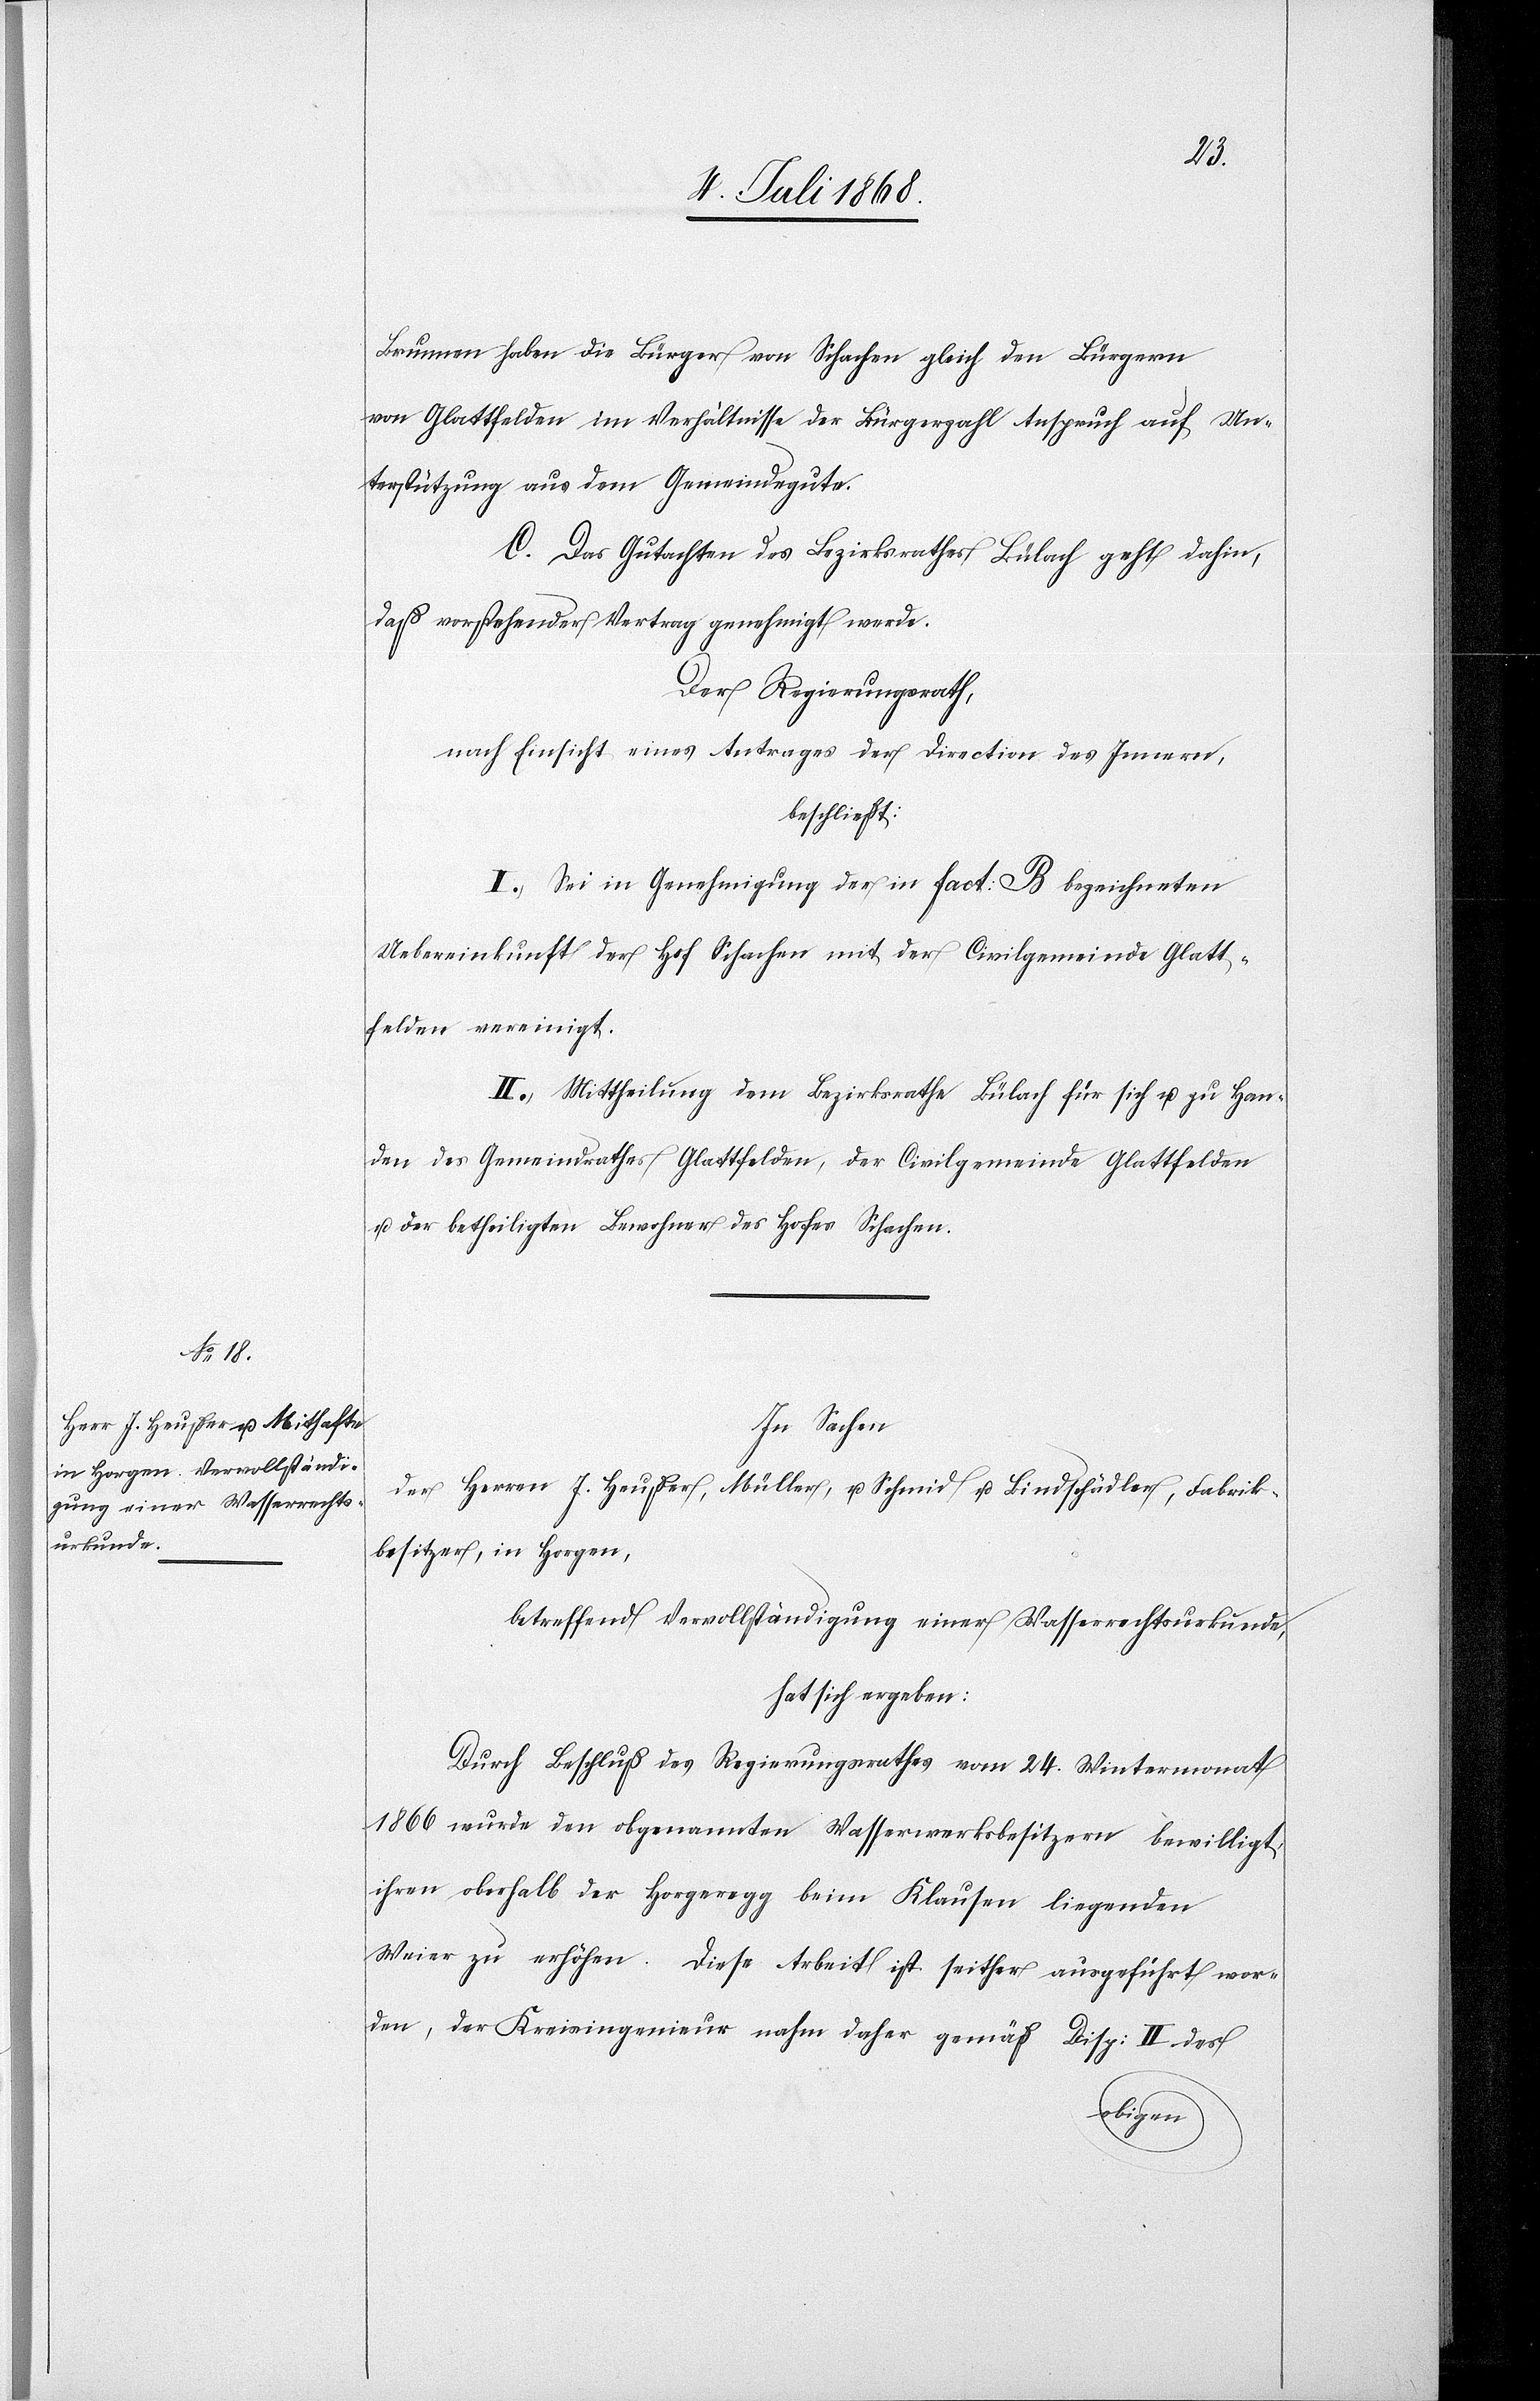
Brunnen haben die Bürger von Schachen gleich den Bürgern
von Glattfelden im Verhältnisse der Bürgerzahl Anspruch auf Un¬
terstützung aus dem Gemeindegute.
C. Das Gutachten des Bezirksrathes Bülach geht dahin,
daß vorstehender Vertrag genehmigt werde.
Der Regierungsrath,
nach Einsicht eines Antrages der Direction des Innern,
beschließt:
I.) Sei in Genehmigung der in Fact: B bezeichneten
Uebereinkunft der Hof Schachen mit der Civilgemeinde Glatt¬
felden vereinigt.
II.) Mittheilung dem Bezirksrathe Bülach für sich u. zu Han¬
den des Gemeindrathes Glattfelden, der Civilgemeinde Glattfelden
u. der betheiligten Bewohner des Hofes Schachen.
In Sachen
der Herren J. Heußer, Müller, u. Schmid u. Bindschädler, Fabrik¬
besitzer, in Horgen,
betreffend Vervollständigung einer Wasserrechtsurkunde,
hat sich ergeben:
Durch Beschluß des Regierungsrathes vom 24. Wintermonat
1866 wurde den obgenannten Wasserwerksbesitzern bewilligt,
ihren oberhalb der Horgeregg beim Klausen liegenden
Weier zu erhöhen. Diese Arbeit ist seither ausgeführt wor¬
den, der Kreisingenieur nahm daher gemäß Disp: II des